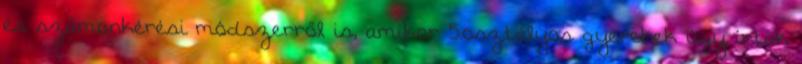
és számonkérési módszerről is, amikor 5.osztályos gyerekek úgy írtak